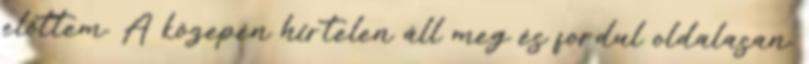
előttem. A közepén hirtelen áll meg és fordul oldalasan.